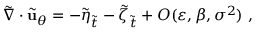
\tilde { \nabla } \cdot \tilde { \mathbf { u } } _ { \theta } = - \tilde { \eta } _ { \tilde { t } } - \tilde { \zeta } _ { \tilde { t } } + O ( \varepsilon , \beta , \sigma ^ { 2 } ) \ ,